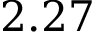
2 . 2 7